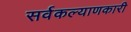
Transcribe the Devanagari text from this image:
सर्वकल्याणकारी